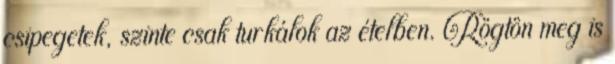
csipegetek, szinte csak turkálok az ételben. Rögtön meg is